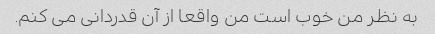
به نظر من خوب است من واقعا از آن قدردانی می کنم.